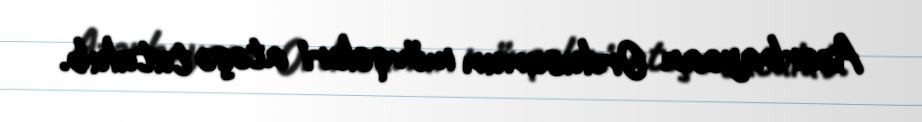
Azərbaycan Ordusunun mövqeləri atəşə tutulub.